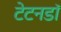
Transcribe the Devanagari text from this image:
टेटनडॉ